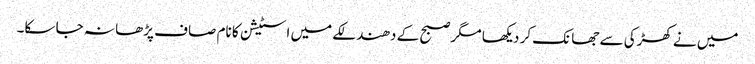
میں نے کھڑکی سے جھانک کر دیکھا مگر صبح کے دھندلکے میں اسٹیشن کا نام صاف پڑھا نہ جا سکا۔